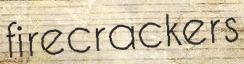
firecrackers